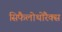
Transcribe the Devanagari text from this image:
सिफैलोथोरैक्स